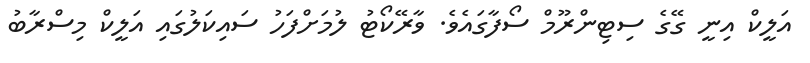
އަލީކް އިނީ ގޭގެ ސިޓިންރޫމް ސޯފާގައެވެ. ވާރޭކޯޓު ލުމަށްފަހު ސައިކަލުގައި އަލީކް މިސްރާބު